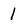
Character: 1